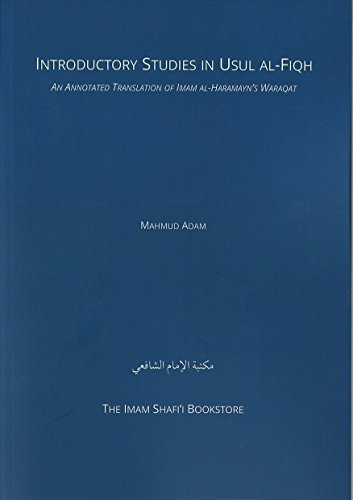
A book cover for Introductory Studies in Usul-Al Fiqh: An Annotated Translation of Imam Al-Haramayn's Al-Waraqat; Abd Al-Malik B. Yusuf; Religion & Spirituality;